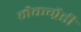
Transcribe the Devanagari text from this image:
मैकग्रैडी